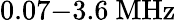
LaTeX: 0.07{-}3.6~\mathrm{MHz}